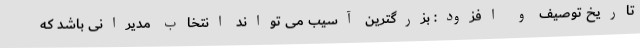
تاریخ توصیف و افزود: بزرگترین آسیب می تواند انتخاب مدیرانی باشد که